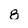
Character: 8